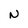
Character: N